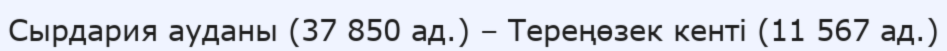
Сырдария ауданы (37 850 ад.) – Тереңөзек кенті (11 567 ад.)